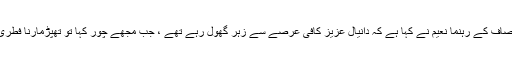
تحریک انصاف کے رہنما نعیم نے کہا ہے کہ دانیال عزیز کافی عرصے سے زہر گھول رہے تھے ، جب مجھے چور کہا تو تھپڑمارنا فطری عمل تھا۔